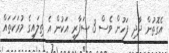
އެގޮތުން ދާދި ފަހުން ވެސް 3 ސަފާރީ އަކުން އެ ތިލައިގެ މުރަކަތައް